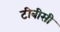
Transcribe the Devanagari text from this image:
टीबीसी